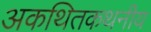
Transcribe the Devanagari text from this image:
अकथितकथनीय